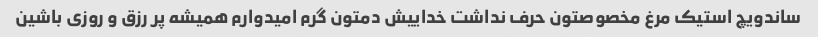
ساندویچ استیک مرغ مخصوصتون حرف نداشت خداییش دمتون گرم امیدوارم همیشه پر رزق و روزی باشین